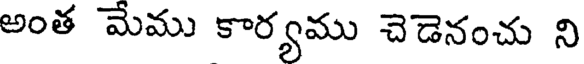
అంత మేము కార్యము చెడెనంచు ని